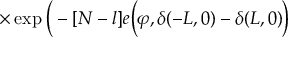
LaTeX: \times \exp \bigg ( - [ N - l ] e \Big ( \varphi , \delta ( - L , 0 ) - \delta ( L , 0 ) \bigg )